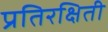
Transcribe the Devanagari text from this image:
प्रतिरक्षिती